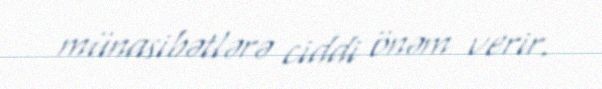
münasibətlərə ciddi önəm verir.